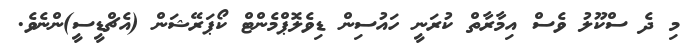
މި ދެ ސްކޫލު ވެސް އިމާރާތް ކުރަނީ ހައުސިން ޑިވެލޮޕްމެންޓް ކޯޕަރޭޝަން (އެޗްޑީސީ)ންނެވެ.